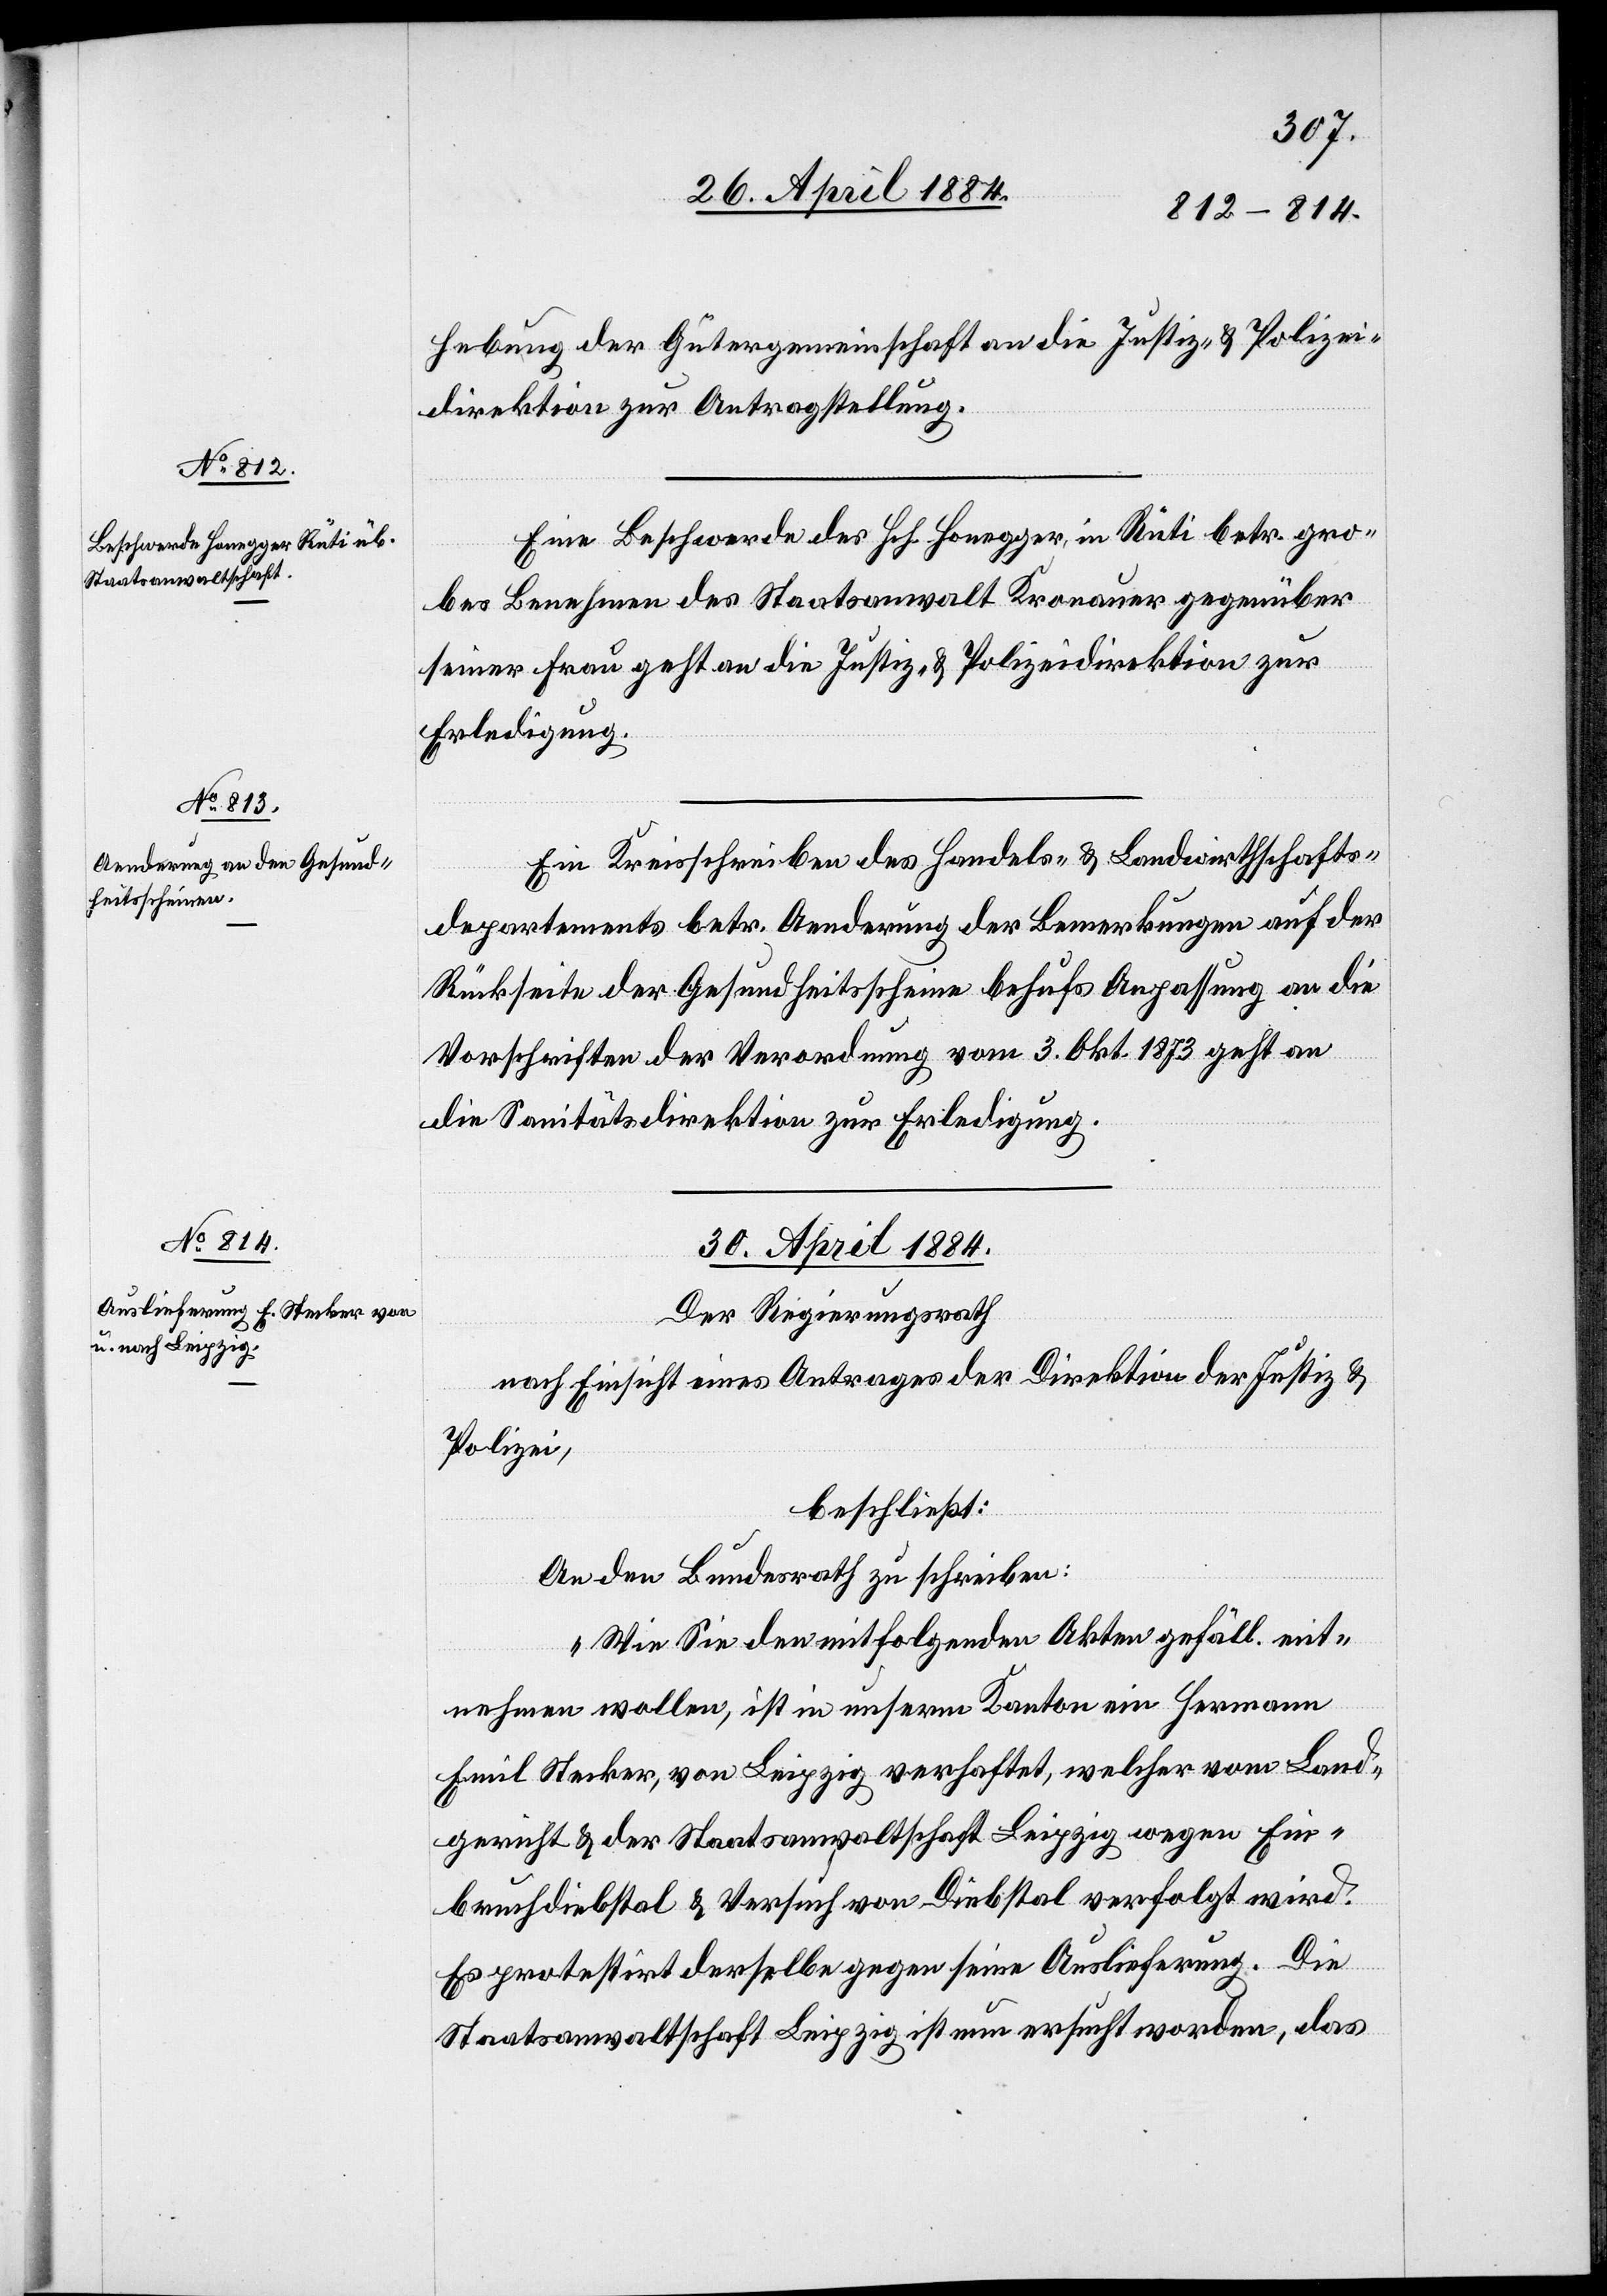
29. April 1884.]
hebung der Gütergemeinschaft an die Justiz- & Polizei¬
direktion zur Antragstellung.
Eine Beschwerde des Hch. Honegger, in Rüti betr. gro¬
bes Benehmen des Staatsanwalt Kronauer gegenüber
seiner Frau geht an die Justiz- & Polizeidirektion zur
Erledigung.
Ein Kreisschreiben des Handels- & Landwirthschafts¬
departements betr. Aenderung der Bemerkungen auf der
Rückseite der Gesundheitsscheine behufs Anpassung an die
Vorschriften der Verordnung vom 3. Okt. 1873 geht an
die Sanitätsdirektion zur Erledigung.
30. April 1884.
Der Regierungsrath
nach Einsicht eines Antrages der Direktion der Justiz &
Polizei,
beschließt:
An den Bundesrath zu schreiben:
„Wie Sie den mitfolgenden Akten gefäll. ent¬
nehmen wollen, ist in unserm Kanon ein Hermann
Emil Stecker, von Leipzig verhaftet, welcher vom Land¬
gericht & der Staatsanwaltschaft Leipzig wegen Ein¬
bruchdiebstahl & Versuch von Diebstahl verfolgt wird.
Es protestirt derselbe gegen seine Auslieferung. Die
Staatsanwaltschaft Leipzig ist nun ersucht worden, das